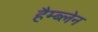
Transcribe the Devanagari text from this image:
हैम्ब्लेन